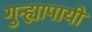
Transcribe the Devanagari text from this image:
गुन्ह्यापायी